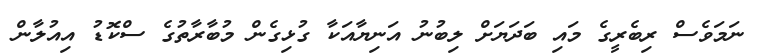
ނަމަވެސް ރިބެރީގެ މައި ބަދަޔަށް ލިބުނު އަނިޔާއަކާ ގުޅިގެން މުބާރާތުގެ ސްކޮޑު އިއުލާން